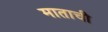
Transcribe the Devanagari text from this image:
माताची